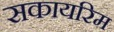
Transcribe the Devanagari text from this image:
सकायरिम